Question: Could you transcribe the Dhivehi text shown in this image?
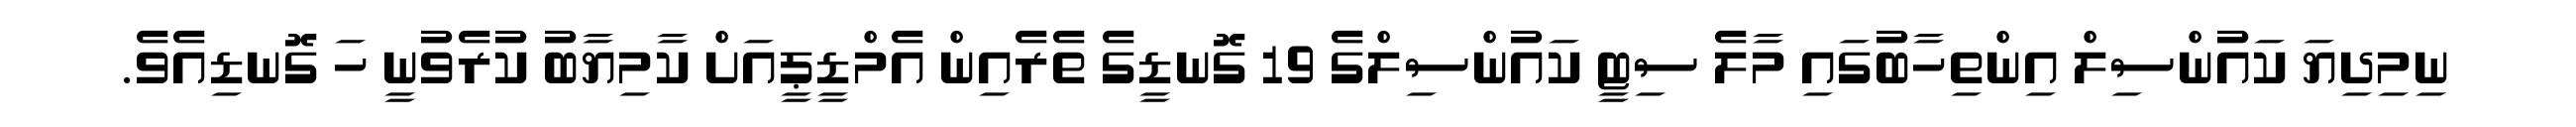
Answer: ނިމިދިޔަ ކައުންސިލް އިންތިހާބުގައި މާލެ ސިޓީ ކައުންސިލްގެ 19 ގޮނޑީގެ ތެރެއިން އެމްޑީޕީއަށް ކާމިޔާބު ކުރެވުނީ ހަ ގޮނޑިއެވެ.